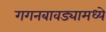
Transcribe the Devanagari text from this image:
गगनबावड्यामध्ये